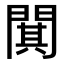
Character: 𫔥